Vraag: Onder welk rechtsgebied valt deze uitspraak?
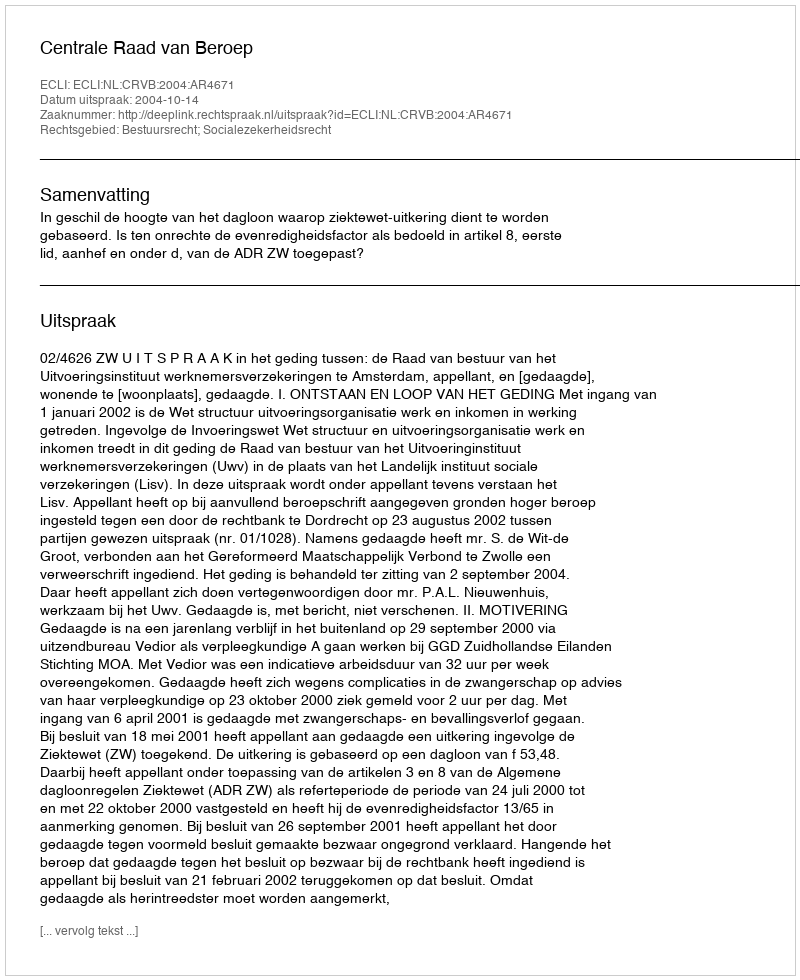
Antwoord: Bestuursrecht; Socialezekerheidsrecht